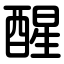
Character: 醒